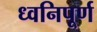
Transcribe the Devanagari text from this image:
ध्वनिपूर्ण